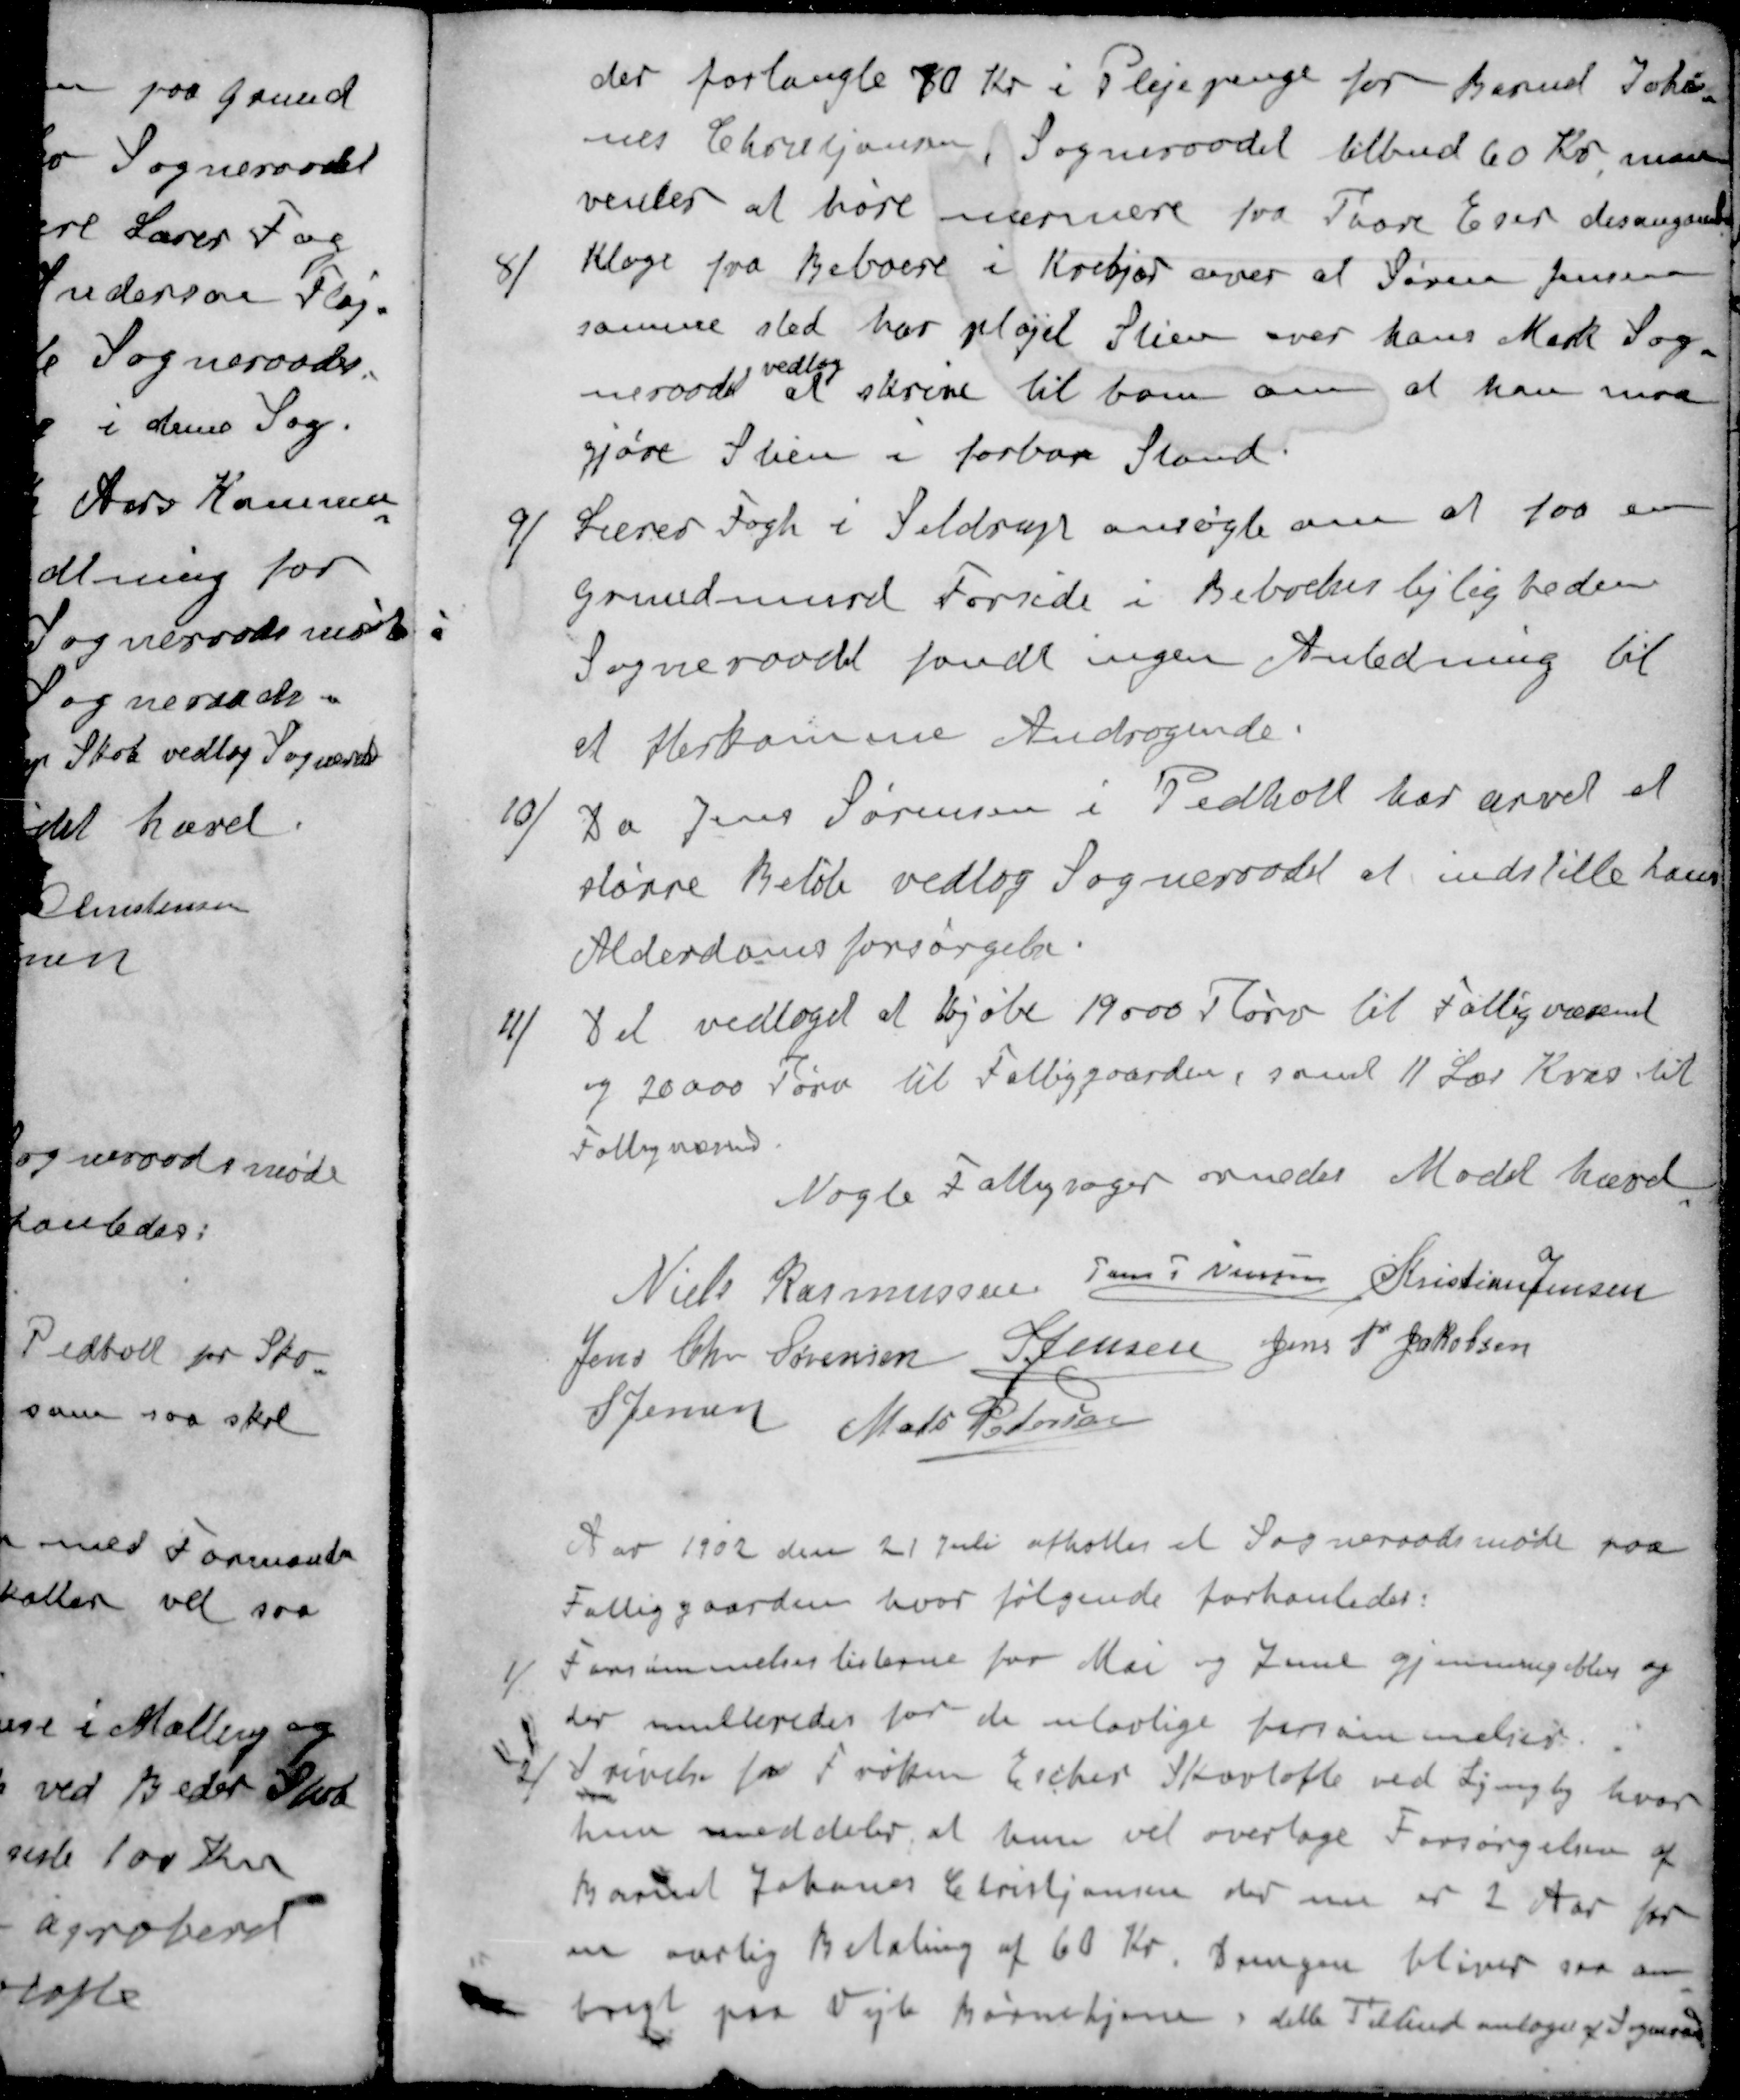
Transskription:
der forlangte 80 Kr i Plejepenge for Barnet Johan-
nes Christjansen, Sogneraadet tilbud 60 Kr. man
venter at høre nærmere fra Thore Eser desangaaende
8 / Klage fra Beboere i Krekjær over at Søren Jensen
samme sted har pløjet Stien over hans Mark Sog-
vedtog
neraadet at skrive til ham om at han maa
gjøre Stien i farbar Stand.
9 / Lærer Fogh i Seldrup ansøgte om at faa en
Grundmurd Forside i Beboeleslejligheden
Sogneraadet fandt ingen Anledning til
et efterkomme Andragende.
10 / Da Jens Sørensen i Pedholt har arvet et
større Beløb vedtog Sogneraadet at indstille hans
Alderdomsforsørgelse.
11 / Det vedtoges at kjøbe 19000 Tørv til Fattigvæsenet
og 20000 Tørv til Fattiggaarden, samt 11 Læs Kvas til
Fattigvæsend
Nogle Fattigsager ornedes Mødet hævet
Niels Rasmussen
Jens P Nielsen
Kristian Jensen
Jens Chr Sørensen
S Jensen
Jens P Jakobsen
S Jensen
Mads Pedersen
Aar 1902 den 21 Juli afholtes at Sogneraadsmøde paa
Fattiggaarden hvor følgende forhanledes:
1 /  Forsømmelseslisterne for Mai og Juni gjennemgikkes og
der multeredes for de ulovlige forsømmelses
2 / Skrivelse fra Frøken Esther Skovtofte ved Lyngby hvor
hun meddeler, at hun vil overtage Forsørgelsen af
Barnet Johanes Christjansen der nu er 2 Aar for
en aarlig Betaling af 60 Kr. Drengen bliver saa an-
bragt paa Vejle Børnehjem dette Tilbud antages af Sogneraadet